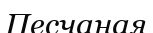
Песчаная